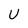
Character: U